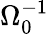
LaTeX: \Omega_{0}^{-1}